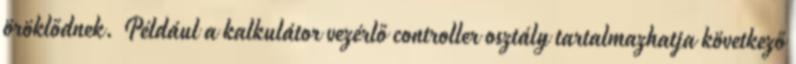
öröklődnek. Például a kalkulátor vezérlő controller osztály tartalmazhatja következő